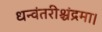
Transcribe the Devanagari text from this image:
धन्वंतरीश्चंद्रमा।